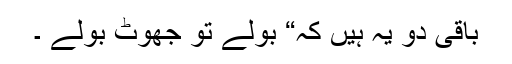
باقی دو یہ ہیں کہ“ بولے تو جھوٹ بولے ۔